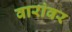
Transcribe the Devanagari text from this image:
वारांवर